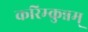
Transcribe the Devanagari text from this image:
करिम्कुन्नम्